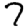
Digit: 7